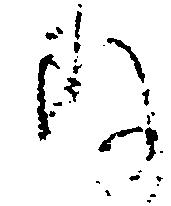
存